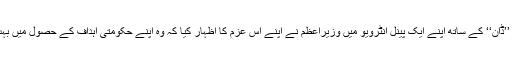
۵ اگست کی شام روزنامہ ’’ڈان‘‘ کے ساتھ اپنے ایک پینل انٹرویو میں وزیراعظم نے اپنے اس عزم کا اظہار کیا کہ وہ اپنے حکومتی اہداف کے حصول میں بہت ہی سخت واقع ہوں گے۔